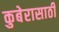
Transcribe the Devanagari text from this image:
कुबेरासाठी